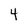
Character: 4